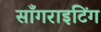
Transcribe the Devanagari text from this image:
साँगराइटिंग